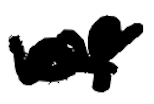
Text: of
Cross-out: wave
Writing tool: digital_black